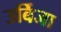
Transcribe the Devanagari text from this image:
उर्बिजा